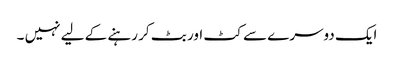
ایک دوسرے سے کٹ اور بٹ کر رہنے کے لیے نہیں ۔